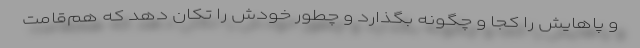
و پاهايش را كجا و چگونه بگذارد و چطور خودش را تكان دهد كه هم‌قامت